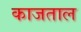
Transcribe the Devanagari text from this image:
काजताल